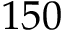
1 5 0